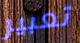
تعبير